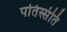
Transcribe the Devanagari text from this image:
पतिस्संति